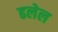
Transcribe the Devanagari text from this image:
ढलेल